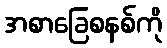
အစာခြေစနစ်ကို